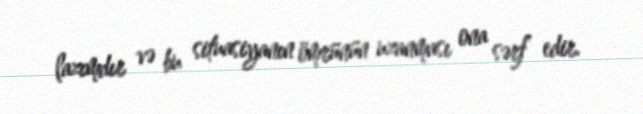
lazımdır və bu situasiyanın ömrünün uzanması ona sərf edir.